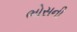
ભોસની